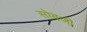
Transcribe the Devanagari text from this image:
सोबजी